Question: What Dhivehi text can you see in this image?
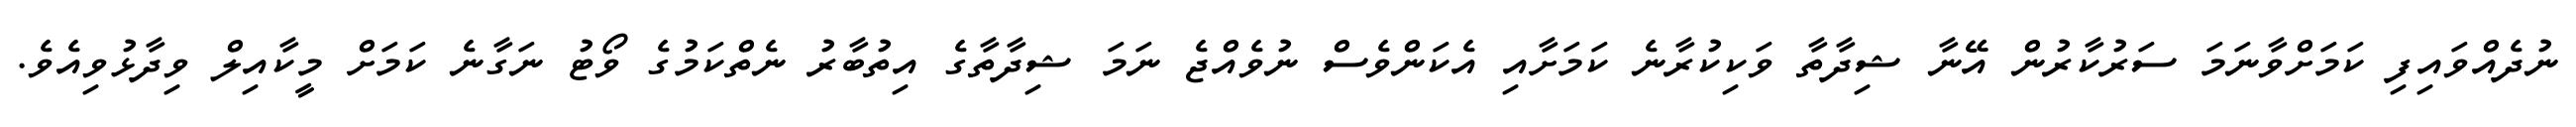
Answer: ނުދެއްވައިފި ކަމަށްވާނަމަ ސަރުކާރުން އޭނާ ޝިދާތާ ވަކިކުރާނެ ކަމަށާއި އެކަންވެސް ނުވެއްޖެ ނަމަ ޝިދާތާގެ އިތުބާރު ނެތްކަމުގެ ވޯޓު ނަގާނެ ކަމަށް މީކާއިލް ވިދާޅުވިއެވެ.